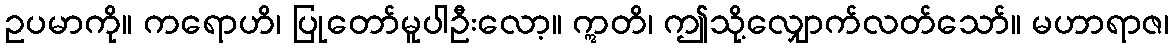
ဥပမာကို။ ကရောဟိ၊ ပြုတော်မူပါဦးလော့။ ဣတိ၊ ဤသို့လျှောက်လတ်သော်။ မဟာရာဇ၊